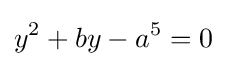
y^{2}+by-a^{5}=0